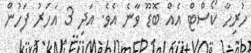
ހުރިހާ ކޯސްޓް އެއް ބޮޑޫ ވާނެ އެވެ. އަދި 3 އަހަރު ފަހުން